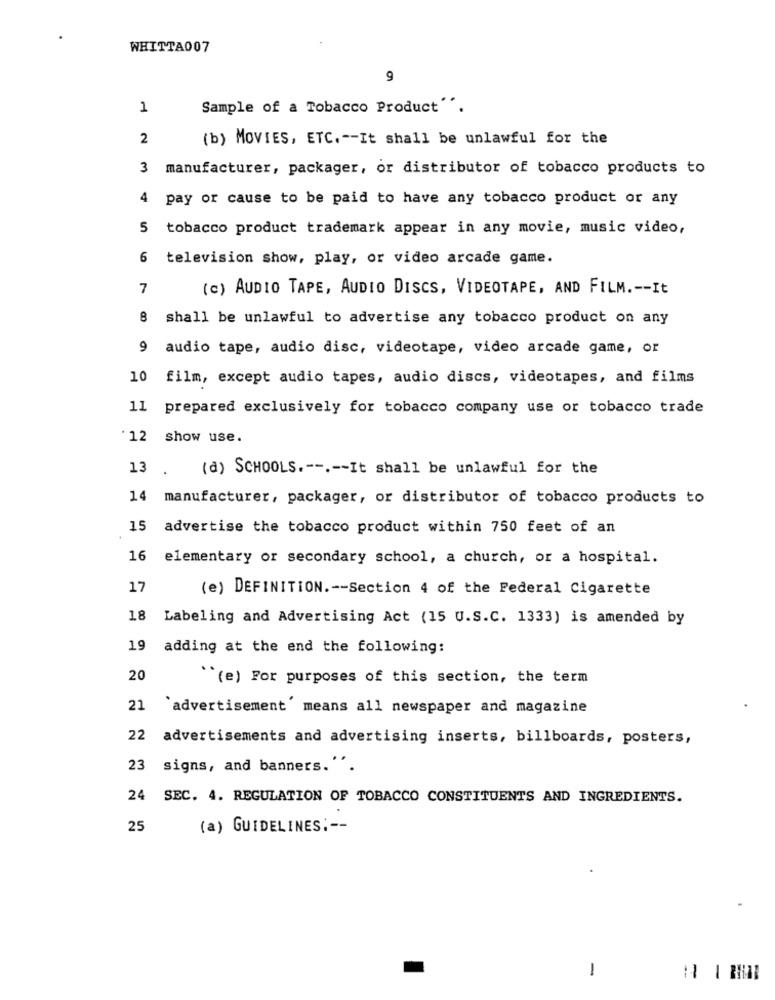
WHITTA007
9
1
Sample of a Tobacco Product **.
2
(b) MOVIES, ETC. -- It shall be unlawful for the
3 manufacturer, packager, or distributor of tobacco products to
4 pay or cause to be paid to have any tobacco product or any
5 tobacco product trademark appear in any movie, music video,
6 television show, play, or video arcade game.
7
(c) AUDIO TAPE, AUDIO DISCS, VIDEOTAPE, AND FILM .-- It
8 shall be unlawful to advertise any tobacco product on any
9
audio tape, audio disc, videotape, video arcade game, or
10 film, except audio tapes, audio discs, videotapes, and films
11 prepared exclusively for tobacco company use or tobacco trade
12 show use.
13 .
(d) SCHOOLS .--.-- It shall be unlawful for the
14
manufacturer, packager, or distributor of tobacco products to
15
advertise the tobacco product within 750 feet of an
16
elementary or secondary school, a church, or a hospital.
17
(e) DEFINITION .-- Section 4 of the Federal Cigarette
18
Labeling and Advertising Act (15 U.S.C. 1333) is amended by
19
adding at the end the following:
20
``(e) For purposes of this section, the term
21
`advertisement ' means all newspaper and magazine
22
advertisements and advertising inserts, billboards, posters,
23 signs, and banners."".
24 SEC. 4. REGULATION OF TOBACCO CONSTITUENTS AND INGREDIENTS.
25
(a) GUIDELINES :--
1
-